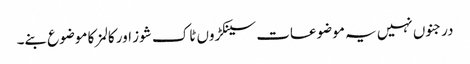
درجنوں نہیں یہ موضوعات سینکڑوں ٹاک شوز اور کالمز کا موضوع بنے۔